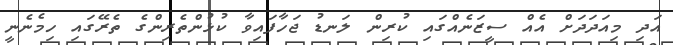
އަދި މިއަދަދަށް އެއް ސީޒަނެއްގައި ކުރިން ލަނޑު ޖަހާފައިވާ ކުޅުންތެރިންގެ ތެރޭގައި ހިމެނެނީ